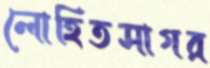
লোহিতসাগর